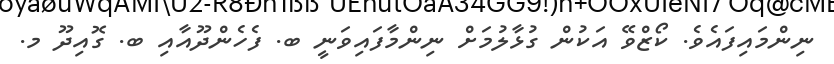
ނިންމައިފައެވެ. ކޯޒްވޭ އަކުން ގުޅާލުމަށް ނިންމާފައިވަނީ ބ. ފެހެންދޫއާއި ބ. ގޮއިދޫ މ.